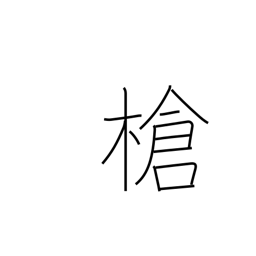
Meaning: javelin